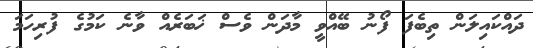
ދައްކައިލަން ތިބެފަ ފޯނު ބޭއްވީ މާދަން ވެސް ޚަބަރެއް ވާނެ ކަމުގެ ފުރިހަމަ